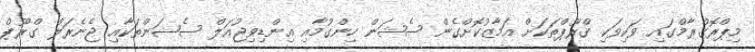
މިޕްރޮގްރާމްގައި ވަކިވަކި ގްރޫޕްތަކަށް އަމާޒުކޮށްގެން ސެޝަން ހިންގުމާއި އިންޑިވިޖުއަލް ސެޝަންތަކާއި ޖެނެރަލް ގްރޫޕް